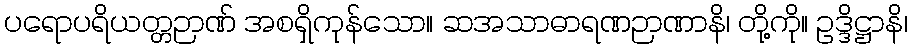
ပရောပရိယတ္တဉာဏ် အစရှိကုန်သော။ ဆအသာဓာရဏဉာဏာနိ၊ တို့ကို။ ဥဒ္ဒိဋ္ဌာနိ၊